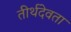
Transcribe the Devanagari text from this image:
तीर्थदेवता